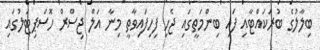
ބިލާލުގެ ބުރަކައްޓާއި ފައި ބިންމަތީގައި ޖެހި ފިހިފައިވާތީ މިނާ އަލް ޖިސްރް ހޮސްޕިޓަލުގައި